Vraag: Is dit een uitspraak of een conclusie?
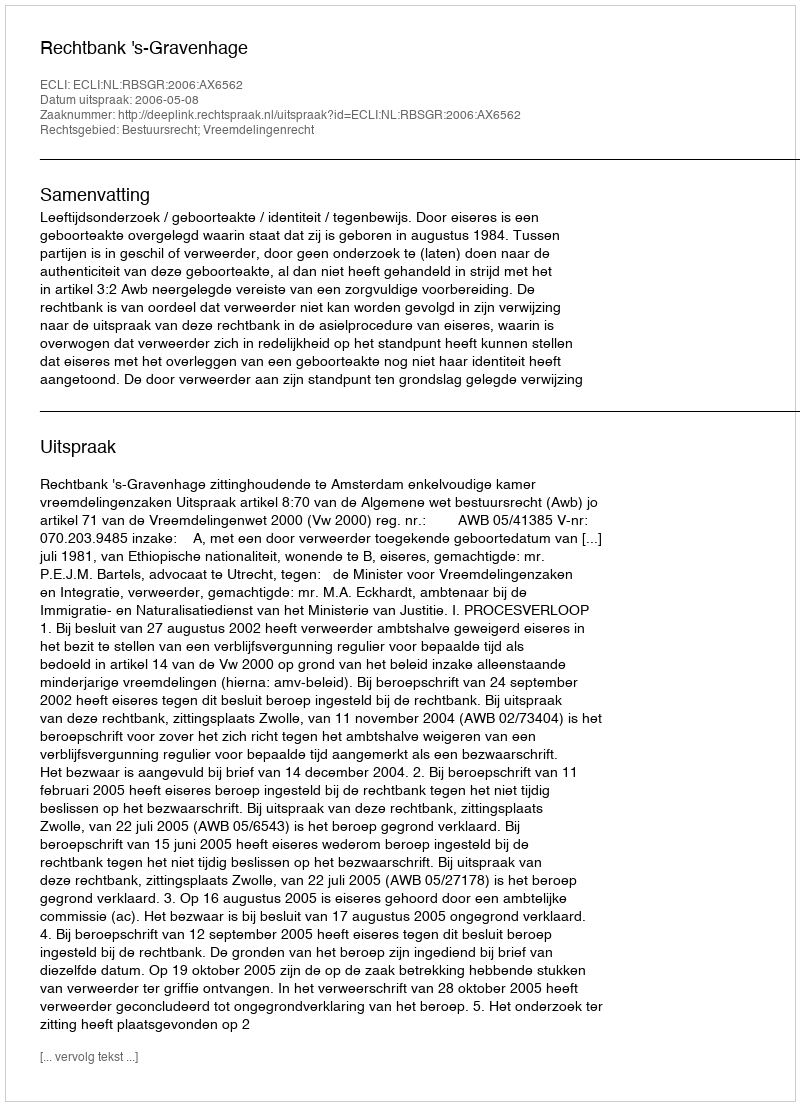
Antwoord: Uitspraak